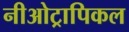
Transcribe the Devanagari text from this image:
नीओट्रापिकल